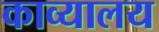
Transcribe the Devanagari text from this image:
काव्यालय